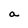
Character: a